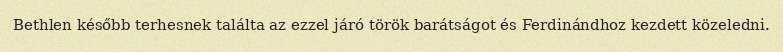
Bethlen később terhesnek találta az ezzel járó török barátságot és Ferdinándhoz kezdett közeledni.